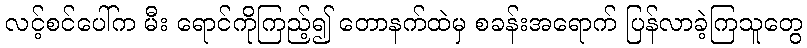
လင့်စင်ပေါ်က မီး ရောင်ကိုကြည့်၍ တောနက်ထဲမှ စခန်းအရောက် ပြန်လာခဲ့ကြသူတွေ